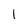
Character: l